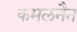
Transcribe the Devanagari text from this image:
कमलनैन